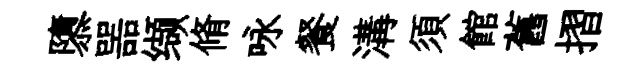
隳噐缬脩咏餐溝須館舊摺